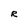
Character: R